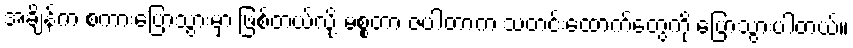
အချိန်က စကားပြောသွားမှာ ဖြစ်တယ်လို့ မစ္စတာ ဇပါတာက သတင်းထောက်တွေကို ပြောသွားပါတယ်။